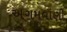
અગમવાણી